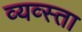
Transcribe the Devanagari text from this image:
व्यव्स्ता